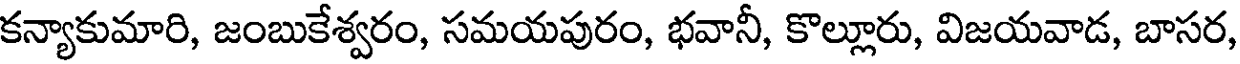
కన్యాకుమారి, జంబుకేశ్వరం, సమయపురం, భవానీ, కొల్లూరు, విజయవాడ, బాసర,